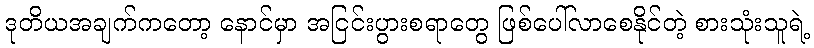
ဒုတိယအချက်ကတော့ နောင်မှာ အငြင်းပွားစရာတွေ ဖြစ်ပေါ်လာစေနိုင်တဲ့ စားသုံးသူရဲ့